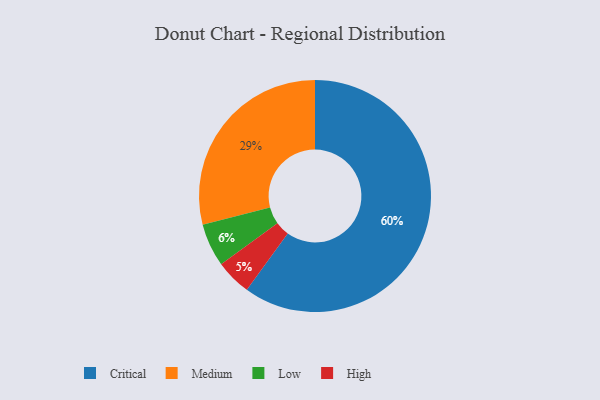
{"axis": {"x": "Category", "y": "Percentage"}, "legend": ["Critical", "High", "Low", "Medium"], "data": [{"x": "High", "y": 5, "type": "High"}, {"x": "Low", "y": 6, "type": "Low"}, {"x": "Critical", "y": 60, "type": "Critical"}, {"x": "Medium", "y": 29, "type": "Medium"}]}